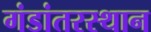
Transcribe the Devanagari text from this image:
गंडांतरस्थान